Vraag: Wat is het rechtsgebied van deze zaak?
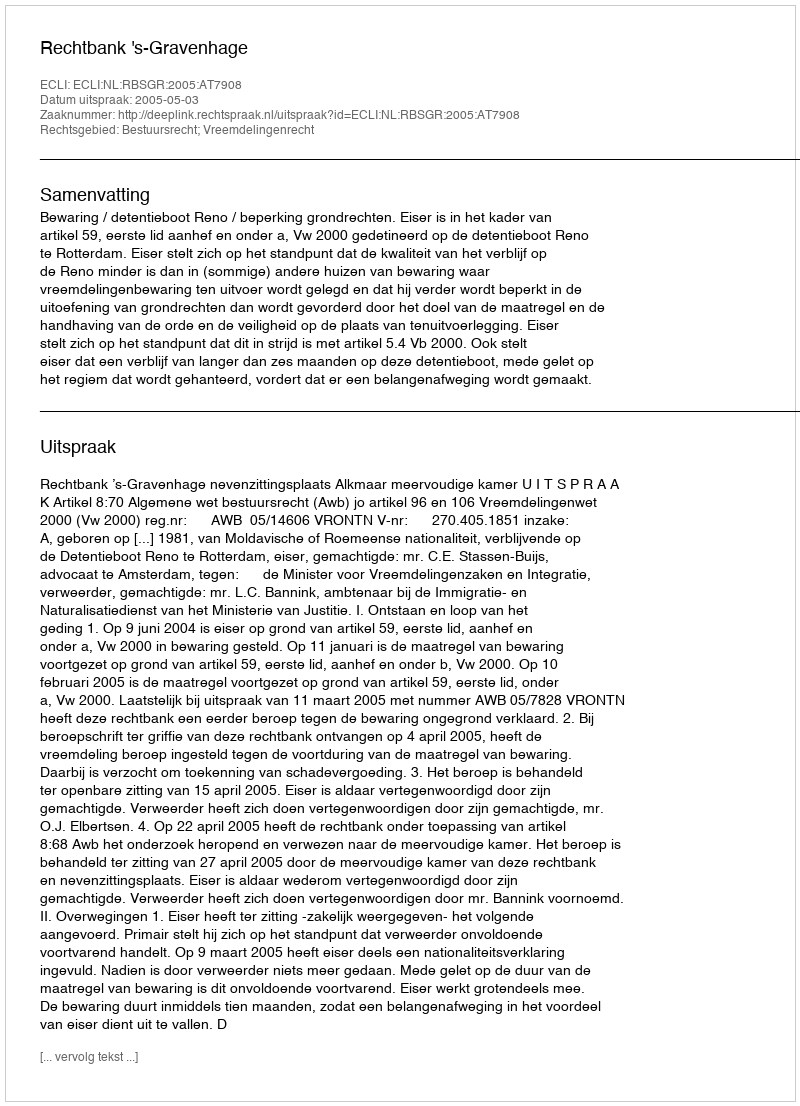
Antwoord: Bestuursrecht; Vreemdelingenrecht